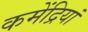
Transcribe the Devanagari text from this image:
कमेंद्रियां